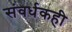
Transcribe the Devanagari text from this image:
संवर्धकही